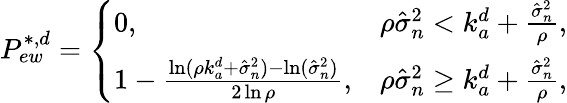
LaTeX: \begin{array}{r}{P_{ew}^{*,d}=\left\{ \begin{array}{ll}{0,}&{\rho\hat{\sigma}_{n}^{2}<k_{a}^{d}+\frac{\hat{\sigma}_{n}^{2}}{\rho},}\\ {1-\frac{\ln(\rho k_{a}^{d}+\hat{\sigma}_{n}^{2})-\ln(\hat{\sigma}_{n}^{2})}{2\ln\rho},}&{\rho\hat{\sigma}_{n}^{2}\geq k_{a}^{d}+\frac{\hat{\sigma}_{n}^{2}}{\rho},}\end{array}\right.}\end{array}